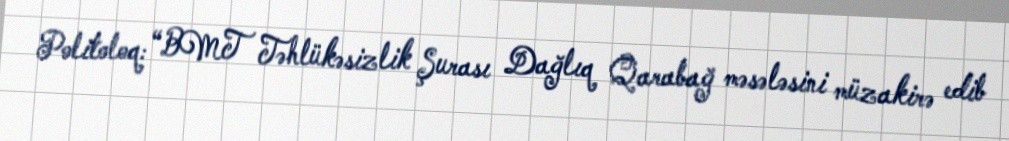
Politoloq: “BMT Təhlükəsizlik Şurası Dağlıq Qarabağ məsələsini müzakirə edib